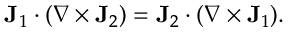
\mathbf { J } _ { 1 } \cdot ( \nabla \times \mathbf { J } _ { 2 } ) = \mathbf { J } _ { 2 } \cdot ( \nabla \times \mathbf { J } _ { 1 } ) .